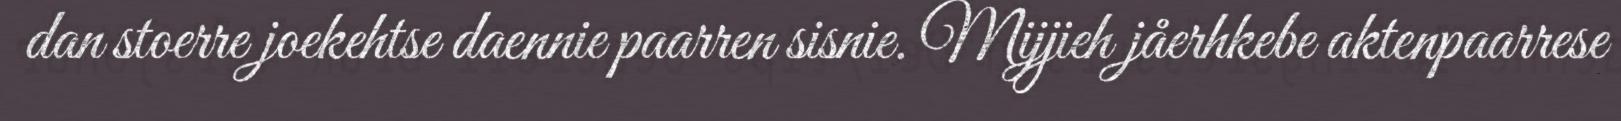
dan stoerre joekehtse daennie paarren sisnie. Mijjieh jåerhkebe aktenpaarrese